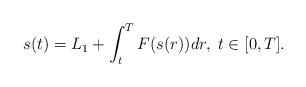
LaTeX: \begin{align*}s(t)=L_{1}+\int_{t}^{T}F(s(r))dr,\;t\in\lbrack0,T].\end{align*}